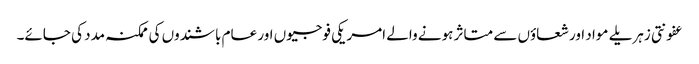
عفونتی زہریلے مواد اور شعاؤں سے متاثر ہونے والے امریکی فوجیوں اور عام باشندوں کی ممکنہ مدد کی جائے۔